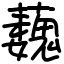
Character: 蘶